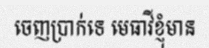
ចេញប្រាក់ទេ មេធាវីខ្ញុំមាន